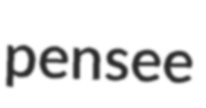
pensee